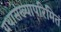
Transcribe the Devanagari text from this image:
यथासंख्यापरिमितं